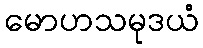
မောဟသမုဒယံ